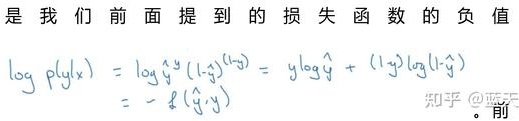
是我们前面提到的损失函数的负值
\[
\begin{align*}
\log p(y|x) &= \log \hat{y}^y (1 - \hat{y})^{(1 - y)} = y \log \hat{y} + (1 - y) \log (1 - \hat{y})\\
&= - \ell (\hat{y}, y)
\end{align*}
\]